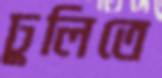
ঢুলিতে